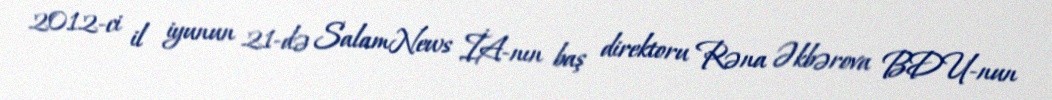
2012-ci il iyunun 21-də SalamNews İA-nın baş direktoru Rəna Əkbərova BDU-nun